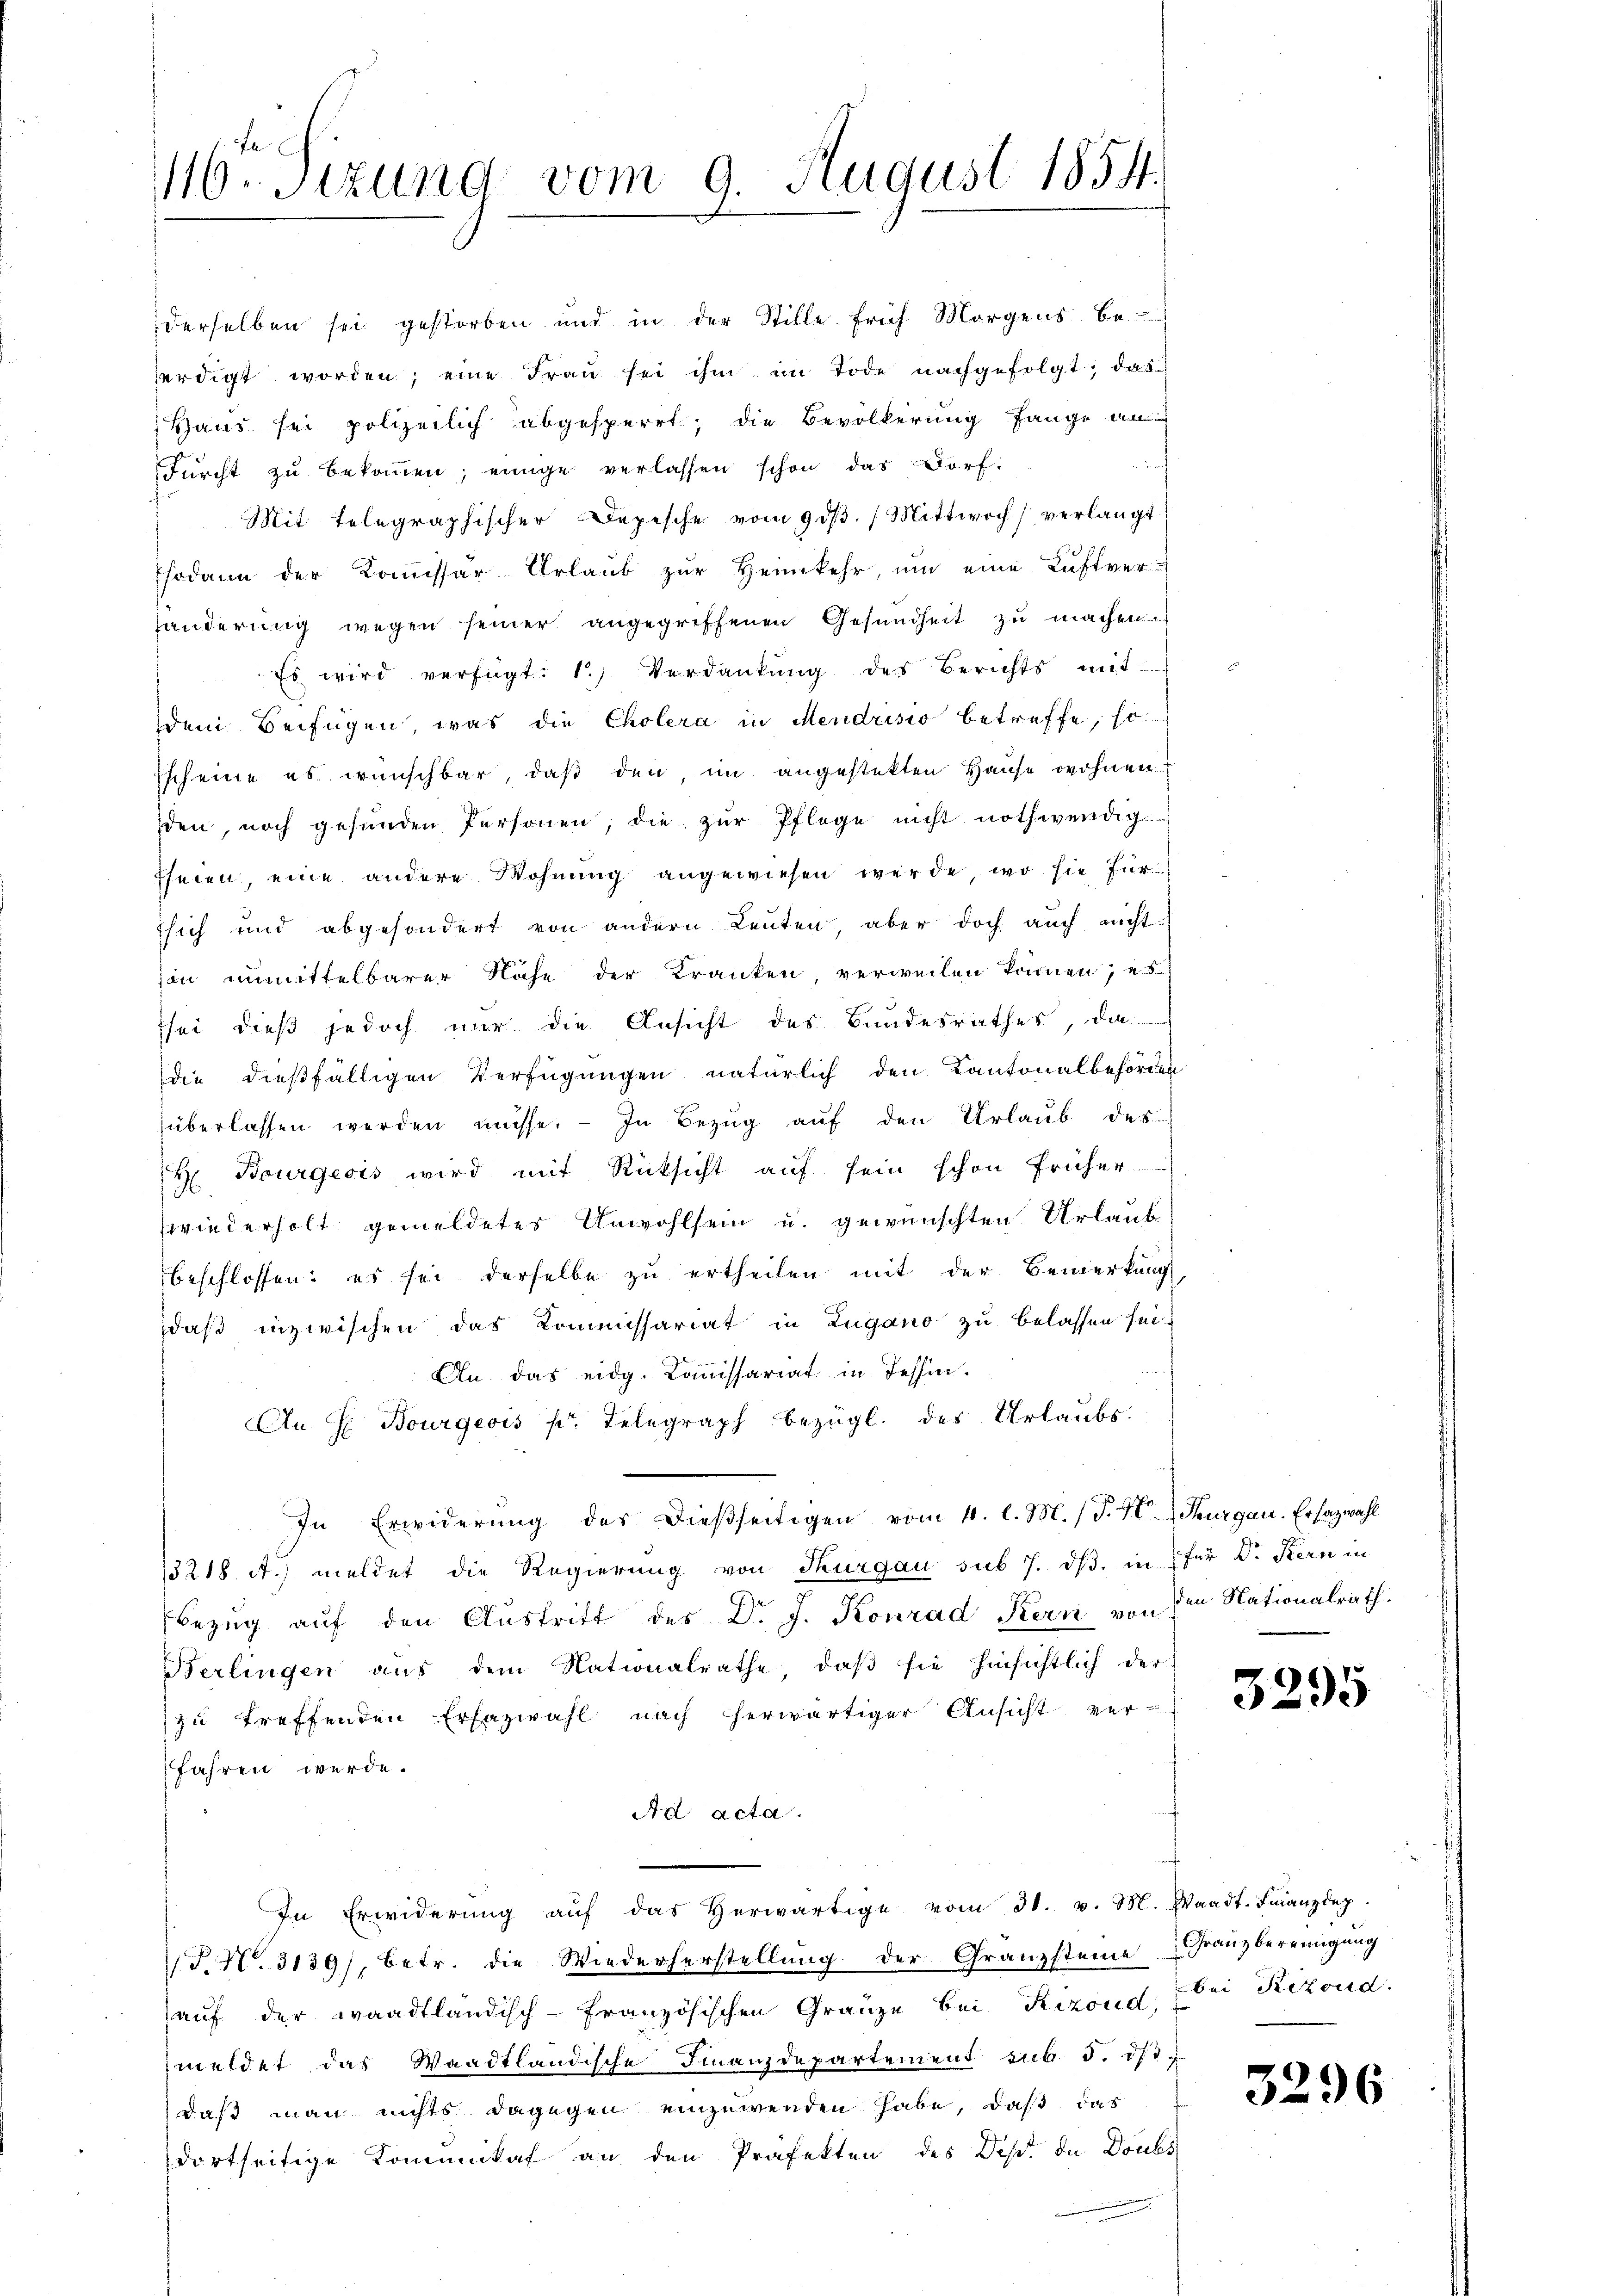
116. Sezung vom 9. August 1854.

fseien, eine andere Wohnŭng angewiesen werde, wo sie für
sich und abgesondert von andern Leuten, aber doch auch nicht:
son unmittelbarer Nähe der Kranken, verweilen können, u. s
sei dieß jedoch nur die Ansicht des Bundesrathes, da
die dießfälligen Verfügungen natürlich den Kantonalbehörden
überlassen werden müsse. — In Bezug auf den Urlaub des
H Bourgeois wird mit Rücksicht aŭf sein schon früher
wiederholt gemeldetes Unwohlsein u. gewünschten Urlaub
beschlossen: es sei derselbe zu ertheilen mit der Bemerkung
daß inzwischen das Kommissariat in Zugano zu belassen sei,
An das eidg. Kommissariat in Tessin¬
An H. Bourgeois pr. Telegraph bezügl. des Urlaubs-
In Erwiderung des dießseitigen vom 11. l. M. (T.40 Sargau. Ersazwahl
3218 A.) meldet die Regierung von Thurgau sub 7. dβ. in für Dr. Kern in
Bezug auf den Austritt des Dr. J. Konrad Kern von den Nationalrath.
Berlingen aus dem Nationalrathe, daß sie hinsichtlich der
zu treffenden Erfazwahl nach herwärtiger Ansicht ver-
fahren werde.
Ar acta.
In Erwiderung auf das herwärtige vom 31. v. M. Waadt. Finanzdep
J.Nr. 3139), betr. die Wiederherstellung der Granzsteine Franzbereinigung
auf der waadtländisch-Französischen Gränze bei Rizond,
meldet das Waadtländische Finanzdepartement sub 5. ds.
daß man nichts dagegen einzuwenden habe, daß das
dortseitige Kommikaf an den Präfekten des Des de Doubs
.

derselben sei gestorben und in der Stille früh Morgens be-
erdigt worden; eine Fraŭ sei ihm im Tode nachgefolgt; das
Haus sei polizeilich abgesperrt; die Bevölkerung fange an
in
Fürcht zŭ bekommen; einige verlassen schon das Dorf-
Mit telegraphischer Depesche vom 9 dβ. Mittwoch verlangt
sodann der Kommissär Urlaub zur Heimkehr, um eine Luftver-
händerung wegen seiner angegriffenen Gesundheit zu machen.
Es wird verfügt: 1.) Verdankŭng des Berichts mit
dem Beifügen, was die Cholera in Mendrisio betreffe, so
Escheine es wünschbar, daß den, im angestekten Hause wohnen
den, noch gesunden Personen, die zur Pflege nicht nothwendig

3295

bei Retoud.

3296